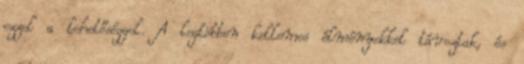
ezzel a lehetőséggel. A legtöbben kellemes élményekkel távoztak, és